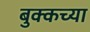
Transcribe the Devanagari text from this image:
बुक्कच्या